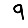
Digit: 9